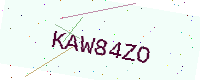
Text: KAW84ZO